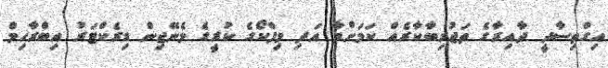
އިގްތިސާދީ ދާއިރާގެ ތަޖުރިބާކާރެއް ކަމަށްވާ އަދި މިފްކޯގެ ކުރީގެ މެނޭޖިން ޑިރެކްޓަރު އިބްރާހިމް